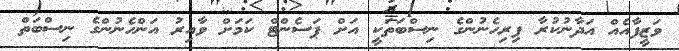
ވަޒީފާއެއް އަދާނުކުރާ ފިރިހެނުންގެ ނިސްބަތަކީ އަށް ޕަސެންޓް ކަމަށް ވާއިރު އަންހެނުންގެ ނިސްބަތް